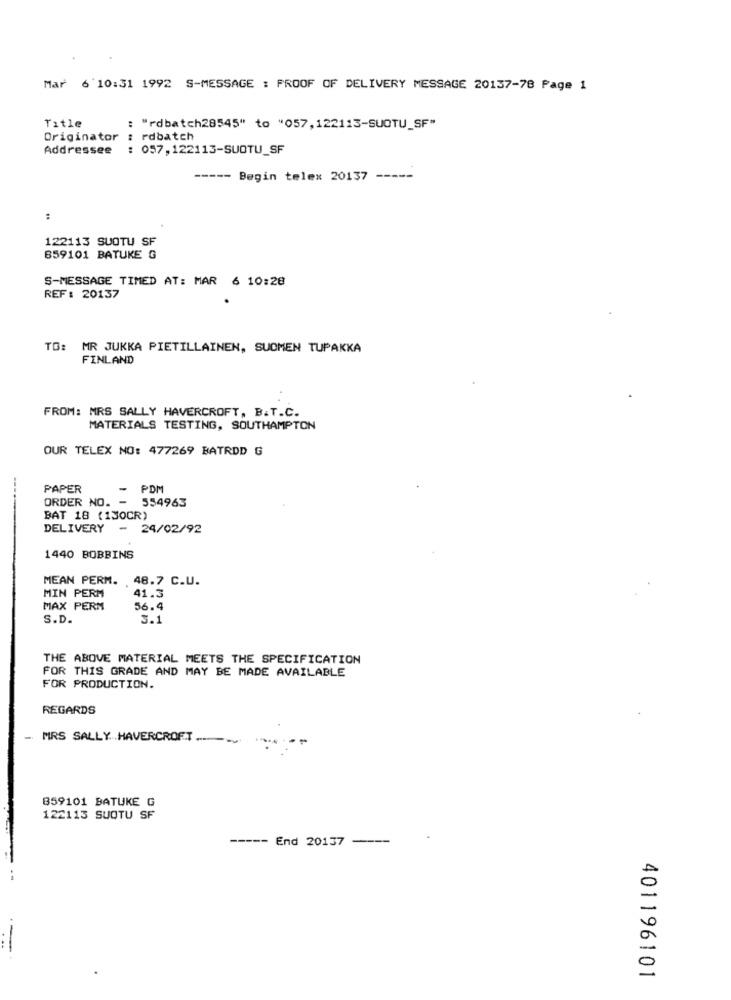
Mar 6 10:31 1992 S-MESSAGE : PROOF OF DELIVERY MESSAGE 20137-78 Page 1
Title
: "rdbatch28545" to "057,122113-SUOTU_SF"
Originator
: rdbatch
Addressee
: 057, 122113-SUOTU_SF
----- Begin telex 20137
-----
122113 SUOTU SF
659101 BATUKE G
S-MESSAGE TIMED AT: MAR 6 10:28
REF: 20137
TO: MR JUKKA PIETILLAINEN, SUOMEN TUPAKKA
FINLAND
FROM: MRS SALLY HAVERCROFT, B.T.C.
MATERIALS TESTING, SOUTHAMPTON
OUR TELEX NO: 477269 BATRDD G
PAPER
- PDM
ORDER NO. - 554963
BAT 18 (130CR)
DELIVERY - 24/02/92
1440 BOBBINS
MEAN PERM. 48.7 C.U.
MIN PERM
41.3
MAX PERM
56.4
S.D.
3.1
THE ABOVE MATERIAL MEETS THE SPECIFICATION
FOR THIS GRADE AND MAY BE MADE AVAILABLE
FOR PRODUCTION.
REGARDS
- MRS SALLY. . HAVERCROFT ....
859101 BATUKE G
122113 SUOTU SF
----- End 20137
401196101